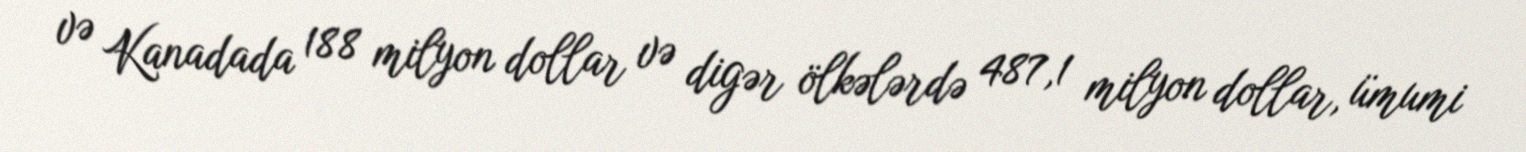
və Kanadada 188 milyon dollar və digər ölkələrdə 487,1 milyon dollar, ümumi